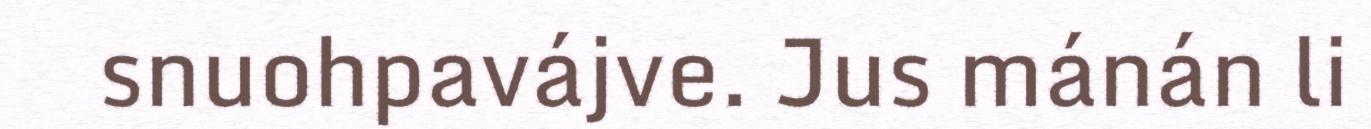
snuohpavájve. Jus mánán li